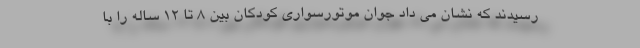
رسیدند که نشان می داد جوان موتورسواری کودکان بین ۸ تا ۱۲ ساله را با